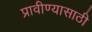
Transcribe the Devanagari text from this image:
प्रावीण्यासाठी